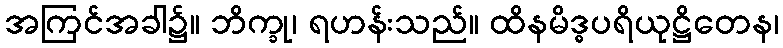
အကြင်အခါ၌။ ဘိက္ခု၊ ရဟန်းသည်။ ထိနမိဒ္ဓပရိယုဋ္ဌိတေန၊